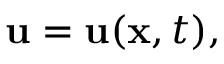
\mathbf { u } = \mathbf { u } ( \mathbf { x } , t ) ,